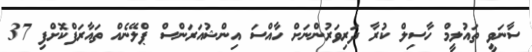
ސާނަވީ ތައުލީމް ހާސިލް ކުރާ ދަރިވަރުންނަށް ހާއްސަ އިންޝުއަރަންސް ޕްލޭނެއް ތައާރަފްކޮށްފި 37